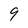
Character: 9